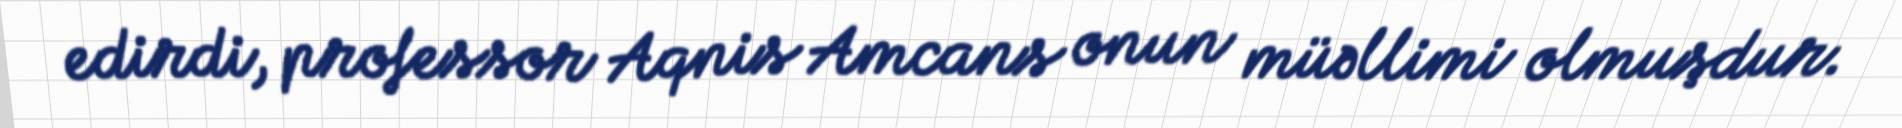
edirdi, professor Aqnis Amcans onun müəllimi olmuşdur.